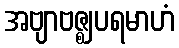
အဗျာဗဇ္ဈပရမာဟံ